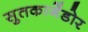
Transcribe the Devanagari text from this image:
सुतकागेंडोर